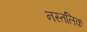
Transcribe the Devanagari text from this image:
नस्तलिक़